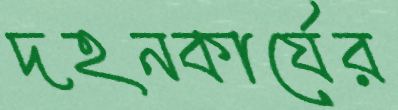
দহনকার্যের